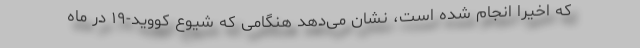
که اخیرا انجام شده است، نشان می‌دهد هنگامی که شیوع کووید-۱۹ در ماه